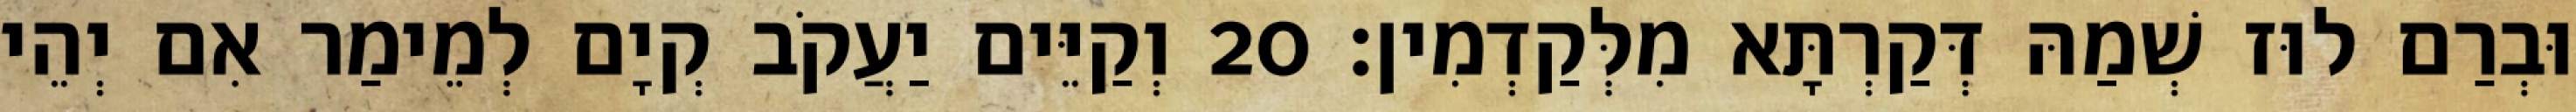
וּבְרַם לוּז שְׁמַהּ דְּקַרְתָּא מִלְּקַדְמִין׃ 20 וְקַיֵּים יַעֲקֹב קְיָם לְמֵימַר אִם יְהֵי